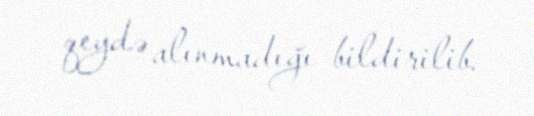
qeydə alınmadığı bildirilib.